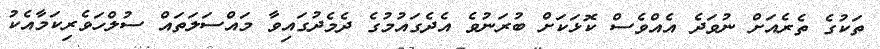
ތަކުގެ ތެރެއަށް ނުވަދެ އެއްވެސް ކޮޅަކަށް ބުރަނުވެ އެދެގައުމުގެ ދެމެދުގައިވާ މައްސަލަތައް ސުލްހަވެރިކަމާއެކު